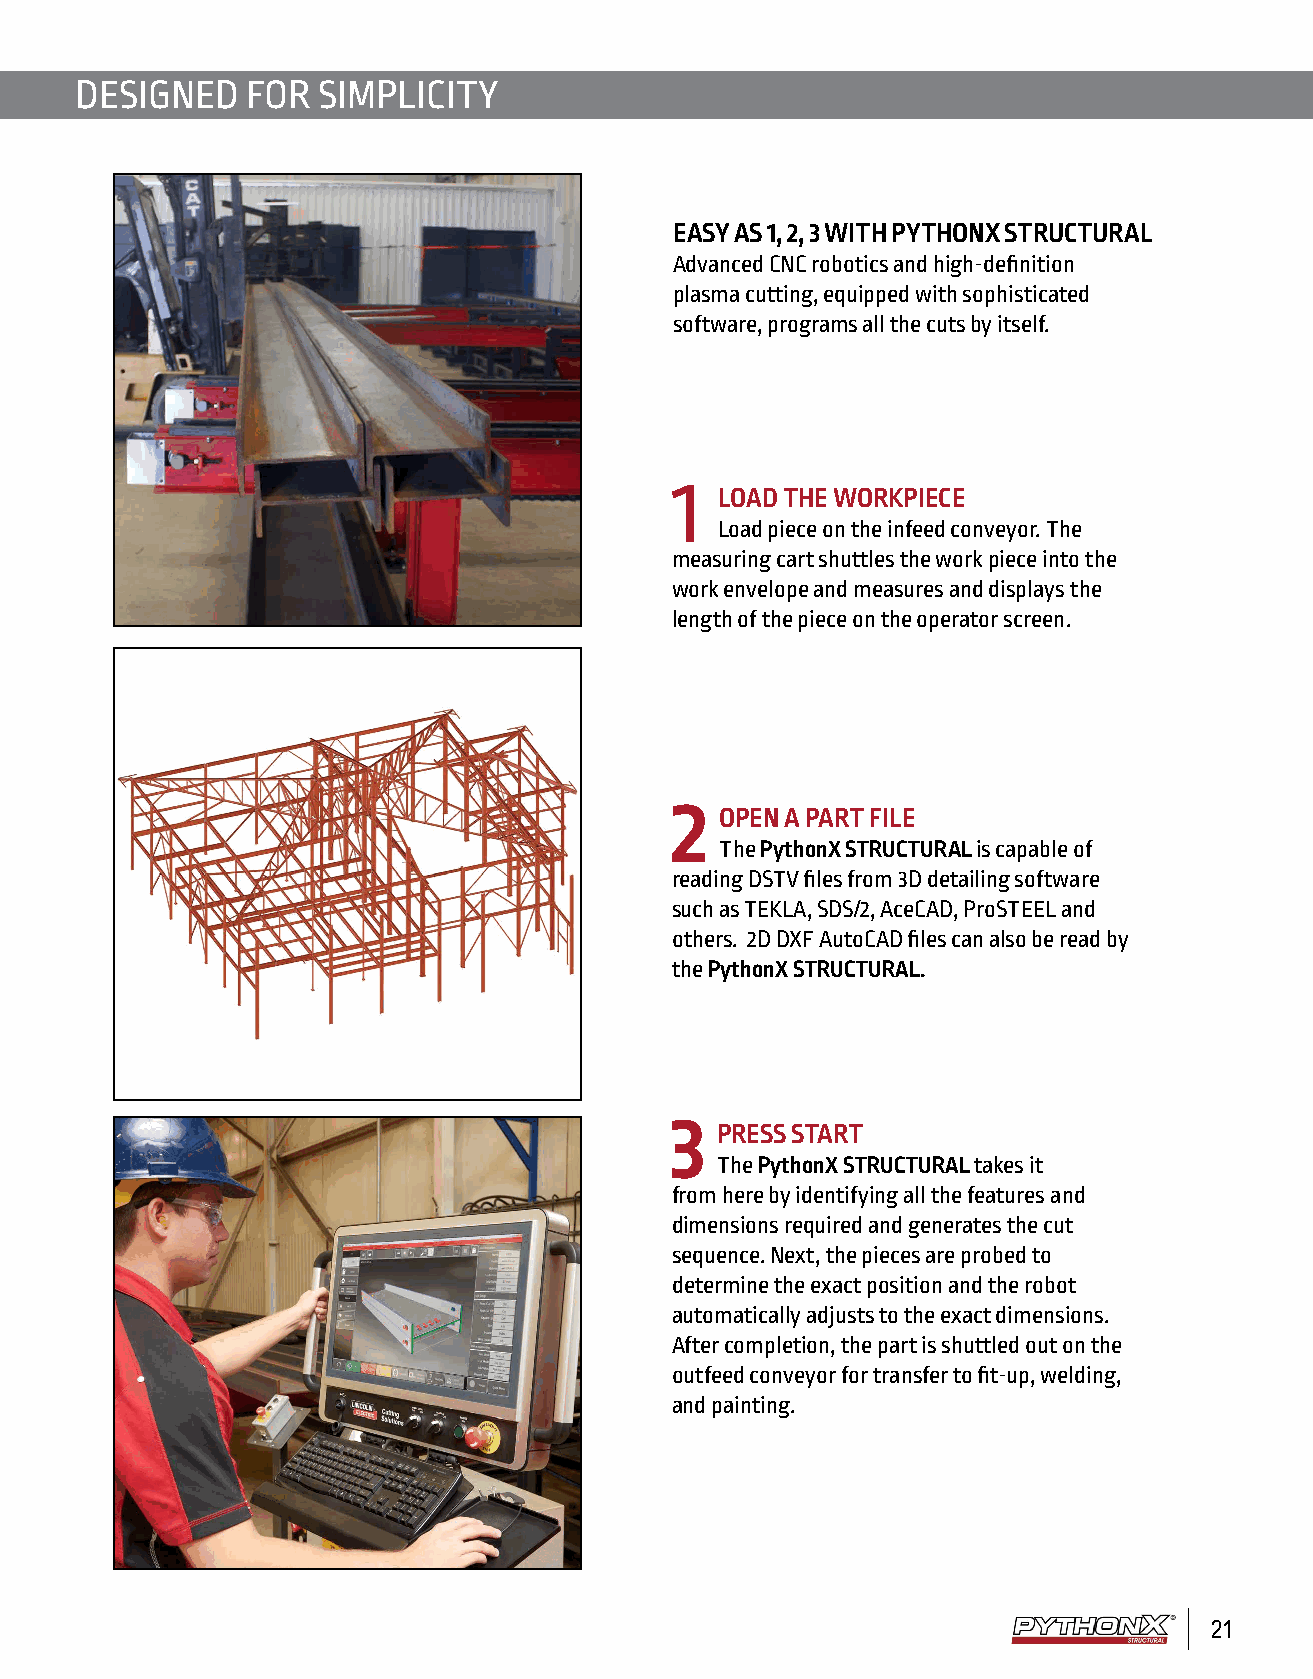
DESIGNED   FOR  SIMPLICITY
 EASY AS 1, 2, 3 WITH PYTHONX STRUCTURAL
 Advanced CNC robotics and high-definition
 plasma cutting, equipped with sophisticated
 software, programs all the cuts by itself.
 1
 LOAD THE WORKPIECE
 Load piece on the infeed conveyor. The
 measuring cart shuttles the work piece into the
 work envelope and measures and displays the
 length of the piece on the operator screen.
 2
 OPEN A PART FILE
 The PythonX STRUCTURAL is capable of
 reading DSTV files from 3D detailing software
 such as TEKLA, SDS/2, AceCAD, ProSTEEL and
 others. 2D DXF AutoCAD files can also be read by
 the PythonX STRUCTURAL.
 3
 PRESS START
 The PythonX STRUCTURAL takes it
 from here by identifying all the features and
 dimensions required and generates the cut
 sequence. Next, the pieces are probed to
 determine the exact position and the robot
 automatically adjusts to the exact dimensions.
 After completion, the part is shuttled out on the
 outfeed conveyor for transfer to fit-up, welding,
 and painting.
 21